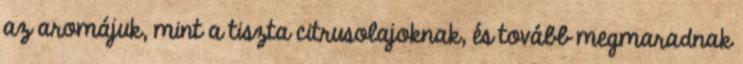
az aromájuk, mint a tiszta citrusolajoknak, és tovább megmaradnak